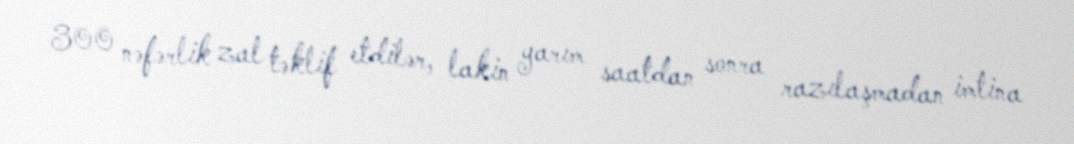
300 nəfərlik zal təklif etdilər, lakin yarım saatdan sonra razılaşmadan imtina